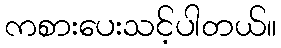
ကစားပေးသင့်ပါတယ်။